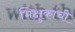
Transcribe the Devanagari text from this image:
भिक्षुकांची